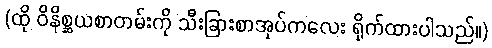
(ထို ဝိနိစ္ဆယစာတမ်းကို သီးခြားစာအုပ်ကလေး ရိုက်ထားပါသည်။)